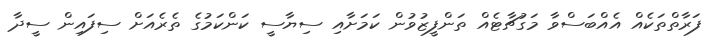
ފަރާތްތަކެއް އެއްބަސްވާ މަގުޗާޓެއް ތަންފީޒުވުން ކަމަށާއި ސިޔާސީ ކަންކަމުގެ ތެރެއަށް ސިފައިން ސީދާ